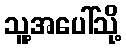
သူ့အပေါ်သို့